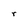
Character: r